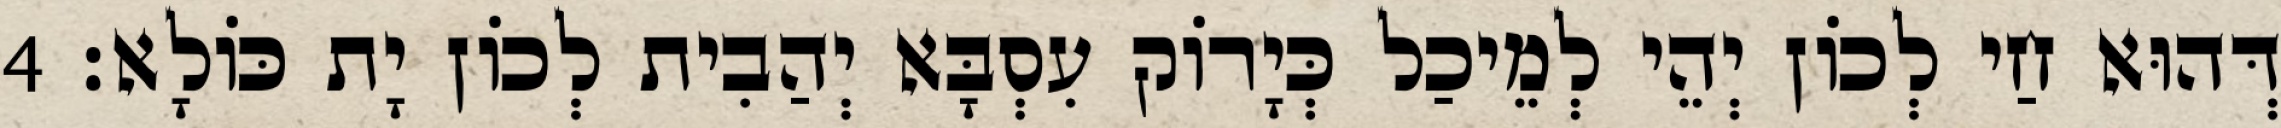
דְּהוּא חַי לְכוֹן יְהֵי לְמֵיכַל כְּיָרוֹק עִסְבָּא יְהַבִית לְכוֹן יָת כּוֹלָא׃ 4